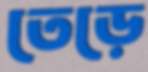
তেড়ে